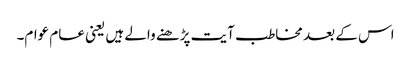
اس کے بعد مخاطب آیت پڑھنے والے ہیں یعنی عام عوام۔